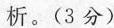
析。(3分)